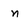
Character: n